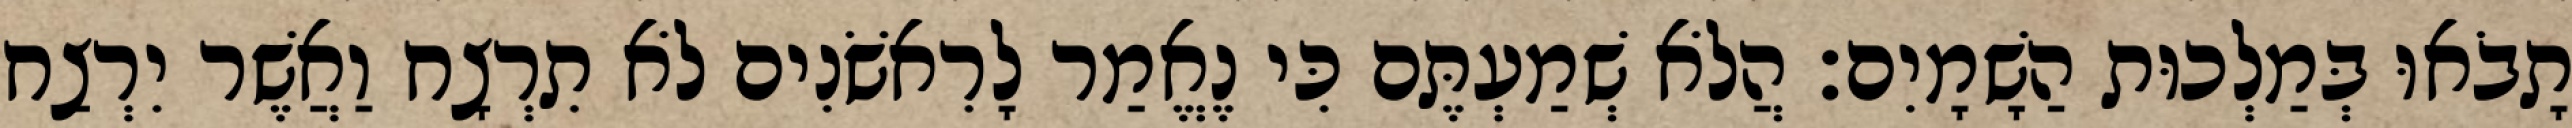
תָבֹאוּ בְּמַלְכוּת הַשָׁמָיִם׃ הֲלֹא שְׁמַעְתֶּם כִּי נֶאֱמַר לָרִאשֹׁנִים לֹא תִרְצָח וַאֲשֶׁר יִרְצַח